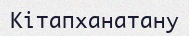
Кітапханатану